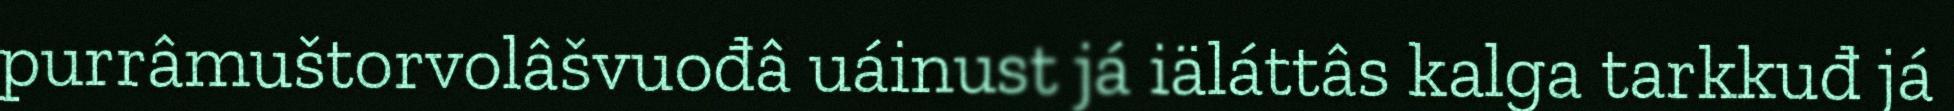
purrâmuštorvolâšvuođâ uáinust já iäláttâs kalga tarkkuđ já